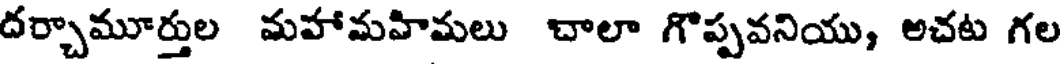
దర్చామూర్తుల మహామహిమలు చాలా గొప్పవనియు, అచట గల